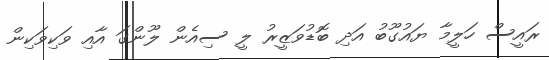
ރައީސް ހަލީމާ ޔައުގޫބު އަދި ބޮޑުވަޒީރު ލީ ސިއެން ލޫންގަ އާއި ވަކިވަކިން